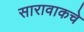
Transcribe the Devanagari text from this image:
सारावाकचे